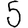
Digit: 5